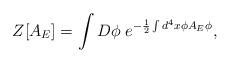
LaTeX: \begin{align*}Z[A_E]=\int D\phi \; e^{-\frac{1}{2} \int d^{4}x \phi A_E \phi},\end{align*}